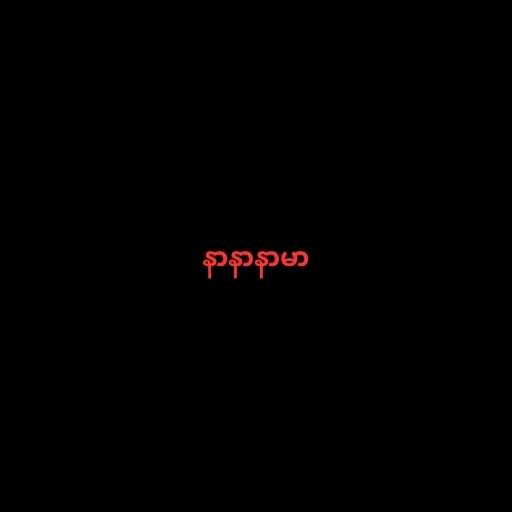
နာနာနာမာ